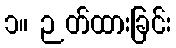
၁။ ဉတ်ထားခြင်း